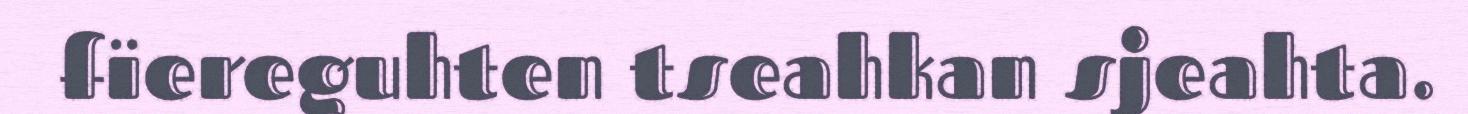
fïereguhten tseahkan sjeahta.